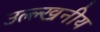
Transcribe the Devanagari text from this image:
उल्ल्खनीय